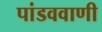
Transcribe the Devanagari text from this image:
पांडववाणी